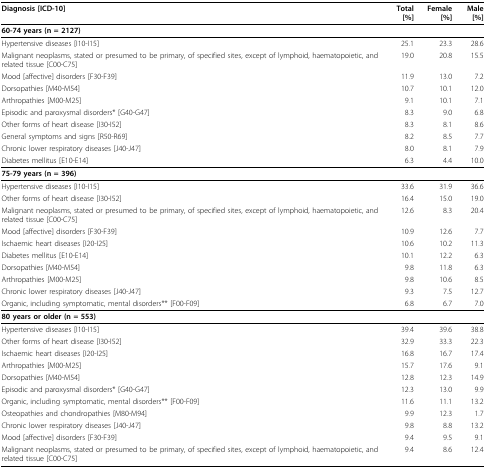
<table><thead><tr><td><b>Diagnosis [ICD-10]</b></td><td><b>Total [%]</b></td><td><b>Female [%]</b></td><td><b>Male [%]</b></td></tr></thead><tbody><tr><td colspan="4"><b>60-74 years (n = 2127)</b></td></tr><tr><td>Hypertensive diseases [I10-I15]</td><td>25.1</td><td>23.3</td><td>28.6</td></tr><tr><td>Malignant neoplasms, stated or presumed to be primary, of specified sites, except of lymphoid, haematopoietic, and related tissue [C00-C75]</td><td>19.0</td><td>20.8</td><td>15.5</td></tr><tr><td>Mood [affective] disorders [F30-F39]</td><td>11.9</td><td>13.0</td><td>7.2</td></tr><tr><td>Dorsopathies [M40-M54]</td><td>10.7</td><td>10.1</td><td>12.0</td></tr><tr><td>Arthropathies [M00-M25]</td><td>9.1</td><td>10.1</td><td>7.1</td></tr><tr><td>Episodic and paroxysmal disorders* [G40-G47]</td><td>8.3</td><td>9.0</td><td>6.8</td></tr><tr><td>Other forms of heart disease [I30-I52]</td><td>8.3</td><td>8.1</td><td>8.6</td></tr><tr><td>General symptoms and signs [R50-R69]</td><td>8.2</td><td>8.5</td><td>7.7</td></tr><tr><td>Chronic lower respiratory diseases [J40-J47]</td><td>8.0</td><td>8.1</td><td>7.9</td></tr><tr><td>Diabetes mellitus [E10-E14]</td><td>6.3</td><td>4.4</td><td>10.0</td></tr><tr><td colspan="4"><b>75-79 years (n = 396)</b></td></tr><tr><td>Hypertensive diseases [I10-I15]</td><td>33.6</td><td>31.9</td><td>36.6</td></tr><tr><td>Other forms of heart disease [I30-I52]</td><td>16.4</td><td>15.0</td><td>19.0</td></tr><tr><td>Malignant neoplasms, stated or presumed to be primary, of specified sites, except of lymphoid, haematopoietic, and related tissue [C00-C75]</td><td>12.6</td><td>8.3</td><td>20.4</td></tr><tr><td>Mood [affective] disorders [F30-F39]</td><td>10.9</td><td>12.6</td><td>7.7</td></tr><tr><td>Ischaemic heart diseases [I20-I25]</td><td>10.6</td><td>10.2</td><td>11.3</td></tr><tr><td>Diabetes mellitus [E10-E14]</td><td>10.1</td><td>12.2</td><td>6.3</td></tr><tr><td>Dorsopathies [M40-M54]</td><td>9.8</td><td>11.8</td><td>6.3</td></tr><tr><td>Arthropathies [M00-M25]</td><td>9.8</td><td>10.6</td><td>8.5</td></tr><tr><td>Chronic lower respiratory diseases [J40-J47]</td><td>9.3</td><td>7.5</td><td>12.7</td></tr><tr><td>Organic, including symptomatic, mental disorders** [F00-F09]</td><td>6.8</td><td>6.7</td><td>7.0</td></tr><tr><td colspan="4"><b>80 years or older (n = 553)</b></td></tr><tr><td>Hypertensive diseases [I10-I15]</td><td>39.4</td><td>39.6</td><td>38.8</td></tr><tr><td>Other forms of heart disease [I30-I52]</td><td>32.9</td><td>33.3</td><td>22.3</td></tr><tr><td>Ischaemic heart diseases [I20-I25]</td><td>16.8</td><td>16.7</td><td>17.4</td></tr><tr><td>Arthropathies [M00-M25]</td><td>15.7</td><td>17.6</td><td>9.1</td></tr><tr><td>Dorsopathies [M40-M54]</td><td>12.8</td><td>12.3</td><td>14.9</td></tr><tr><td>Episodic and paroxysmal disorders* [G40-G47]</td><td>12.3</td><td>13.0</td><td>9.9</td></tr><tr><td>Organic, including symptomatic, mental disorders** [F00-F09]</td><td>11.6</td><td>11.1</td><td>13.2</td></tr><tr><td>Osteopathies and chondropathies [M80-M94]</td><td>9.9</td><td>12.3</td><td>1.7</td></tr><tr><td>Chronic lower respiratory diseases [J40-J47]</td><td>9.8</td><td>8.8</td><td>13.2</td></tr><tr><td>Mood [affective] disorders [F30-F39]</td><td>9.4</td><td>9.5</td><td>9.1</td></tr><tr><td>Malignant neoplasms, stated or presumed to be primary, of specified sites, except of lymphoid, haematopoietic, and related tissue [C00-C75]</td><td>9.4</td><td>8.6</td><td>12.4</td></tr></tbody></table>